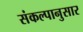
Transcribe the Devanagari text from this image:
संकल्पानुसार